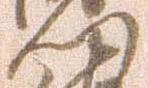
門